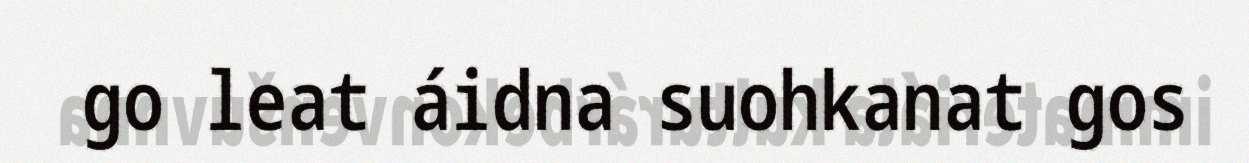
go leat áidna suohkanat gos